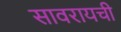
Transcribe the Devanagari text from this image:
सावरायची